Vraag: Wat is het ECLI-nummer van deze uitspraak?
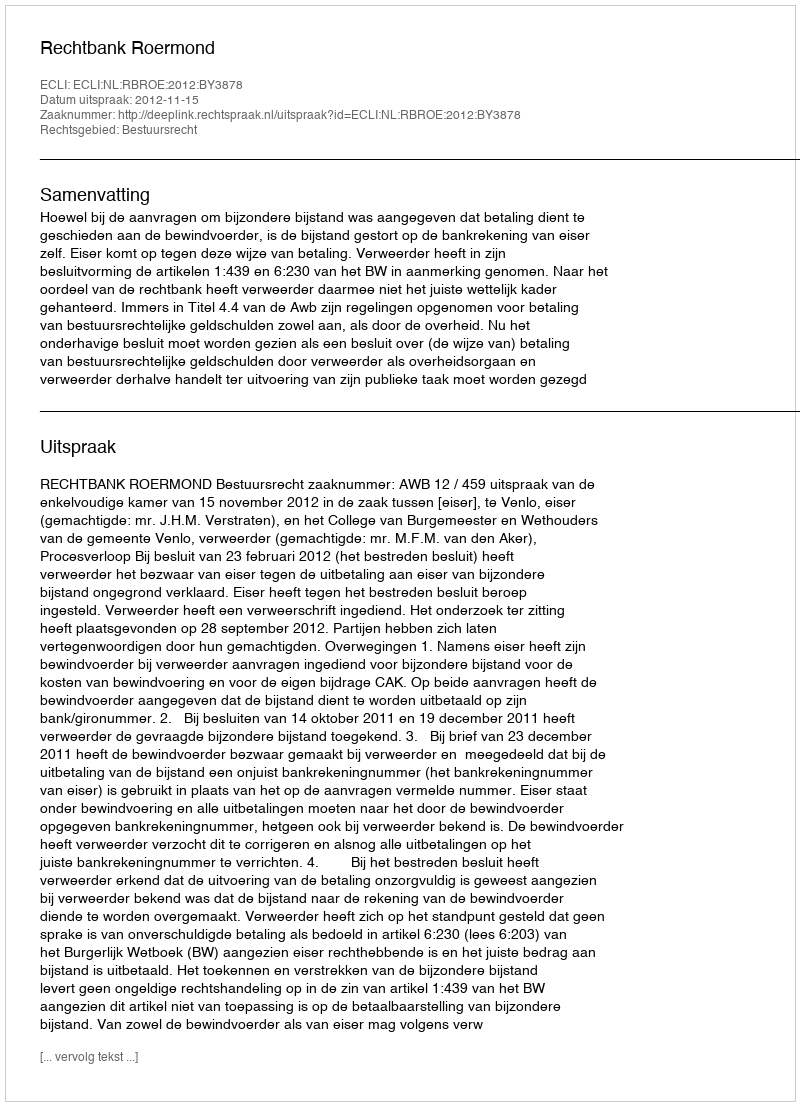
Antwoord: ECLI:NL:RBROE:2012:BY3878